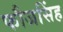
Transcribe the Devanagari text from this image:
फौजसिंह